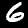
Label: 6